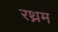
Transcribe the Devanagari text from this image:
रथ्नम